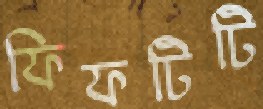
ফিফটিটি